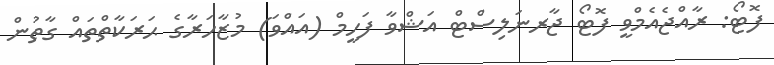
ފޮޓޯ: ރާއްޖެއެމްވީ ފޮޓޯ ޖާރނަލިސްޓް އަޝްވާ ފަހީމް (އައްވަ) މުޒާހަރާގެ ޙަރަކާތްތައް ގާތުން